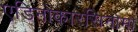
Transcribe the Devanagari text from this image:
एडिनोकारसिनोमा